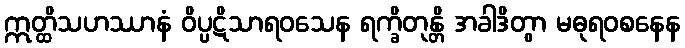
ဣတ္ထိသဟဿာနံ ဝိပ္ပဋိသာရဝသေန ရက္ခိတုန္တိ အခါဒိတွာ မဓုရဝစနေန